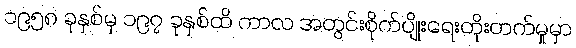
၁၉၅၈ ခုနှစ်မှ ၁၉၇ ခုနှစ်ထိ ကာလ အတွင်းစိုက်ပျိုးရေးတိုးတက်မှုမှာ